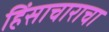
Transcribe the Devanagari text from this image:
हिंसाचाराचा